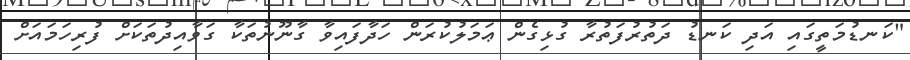
"ކަނޑުމަތީގައި އަދި ކަނޑު ދަތުރުފަތުރާ ގުޅިގެން ޢަމަލުކުރަން ހަދާފައިވާ ގާނޫނުތަކާ ގަވާއިދުތަކަށް ފުރިހަމައަށް